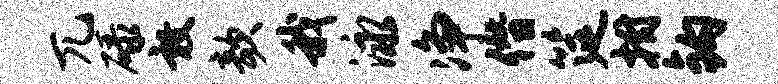
兀碌敦欹我泳净僭筵拊钩